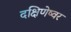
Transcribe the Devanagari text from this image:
दक्षिणेष्वर